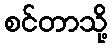
စင်တာသို့